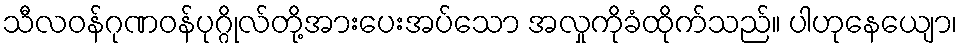
သီလဝန်ဂုဏဝန်ပုဂ္ဂိုလ်တို့အားပေးအပ်သော အလှုကိုခံထိုက်သည်။ ပါဟုနေယျော၊